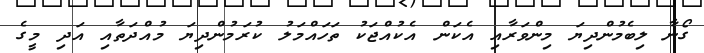
ގޯނާ ލިބެމުންދިޔަ މިންވަރާއި އެކަން އެކުއްޖަކު ތަހައްމަލު ކުރަމުންދިޔަ މުއްދަތާއި އަދި މީގެ